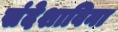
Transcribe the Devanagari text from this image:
संदेशाविना